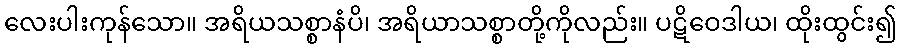
လေးပါးကုန်သော။ အရိယသစ္စာနံပိ၊ အရိယာသစ္စာတို့ကိုလည်း။ ပဋိဝေဒါယ၊ ထိုးထွင်း၍